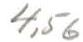
4,56